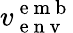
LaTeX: v_{\mathrm{~e~n~v~}}^{\mathrm{~e~m~b~}}